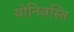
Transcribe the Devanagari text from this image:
योनिवस्ति